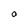
Character: O